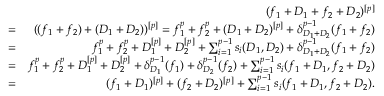
\begin{array} { r l r } & { } & { ( f _ { 1 } + D _ { 1 } + f _ { 2 } + D _ { 2 } ) ^ { [ p ] } } \\ & { = } & { ( ( f _ { 1 } + f _ { 2 } ) + ( D _ { 1 } + D _ { 2 } ) ) ^ { [ p ] } = f _ { 1 } ^ { p } + f _ { 2 } ^ { p } + ( D _ { 1 } + D _ { 2 } ) ^ { [ p ] } + \delta _ { D _ { 1 } + D _ { 2 } } ^ { p - 1 } ( f _ { 1 } + f _ { 2 } ) } \\ & { = } & { f _ { 1 } ^ { p } + f _ { 2 } ^ { p } + D _ { 1 } ^ { [ p ] } + D _ { 2 } ^ { [ p ] } + \sum _ { i = 1 } ^ { p - 1 } s _ { i } ( D _ { 1 } , D _ { 2 } ) + \delta _ { D _ { 1 } + D _ { 2 } } ^ { p - 1 } ( f _ { 1 } + f _ { 2 } ) } \\ & { = } & { f _ { 1 } ^ { p } + f _ { 2 } ^ { p } + D _ { 1 } ^ { [ p ] } + D _ { 2 } ^ { [ p ] } + \delta _ { D _ { 1 } } ^ { p - 1 } ( f _ { 1 } ) + \delta _ { D _ { 2 } } ^ { p - 1 } ( f _ { 2 } ) + \sum _ { i = 1 } ^ { p - 1 } s _ { i } ( f _ { 1 } + D _ { 1 } , f _ { 2 } + D _ { 2 } ) } \\ & { = } & { ( f _ { 1 } + D _ { 1 } ) ^ { [ p ] } + ( f _ { 2 } + D _ { 2 } ) ^ { [ p ] } + \sum _ { i = 1 } ^ { p - 1 } s _ { i } ( f _ { 1 } + D _ { 1 } , f _ { 2 } + D _ { 2 } ) . } \end{array}